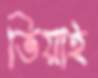
ভিয়াই